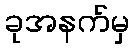
ခုအနက်မှ